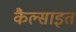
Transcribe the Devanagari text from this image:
कैल्साइत